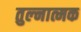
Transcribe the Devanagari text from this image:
तुल्नात्मक